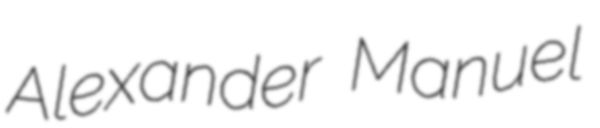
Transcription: Alexander Manuel